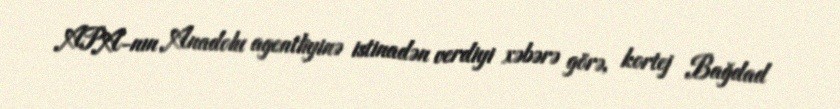
APA-nın Anadolu agentliyinə istinadən verdiyi xəbərə görə, kortej Bağdad